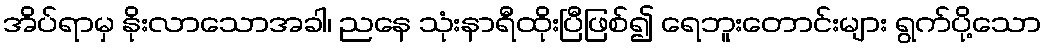
အိပ်ရာမှ နိုးလာသောအခါ၊ ညနေ သုံးနာရီထိုးပြီဖြစ်၍ ရေဘူးတောင်းများ ရွက်ပို့သော